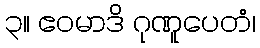
၃။ ဧဝမာဒိ ဂုဏူပေတံ၊